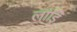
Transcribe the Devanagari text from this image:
लांड्रि